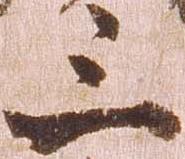
三